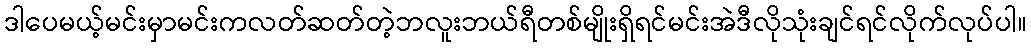
ဒါပေမယ့်မင်းမှာမင်းကလတ်ဆတ်တဲ့ဘလူးဘယ်ရီတစ်မျိုးရှိရင်မင်းအဲဒီလိုသုံးချင်ရင်လိုက်လုပ်ပါ။